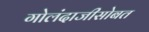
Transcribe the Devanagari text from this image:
गोलंदाजीसोबत